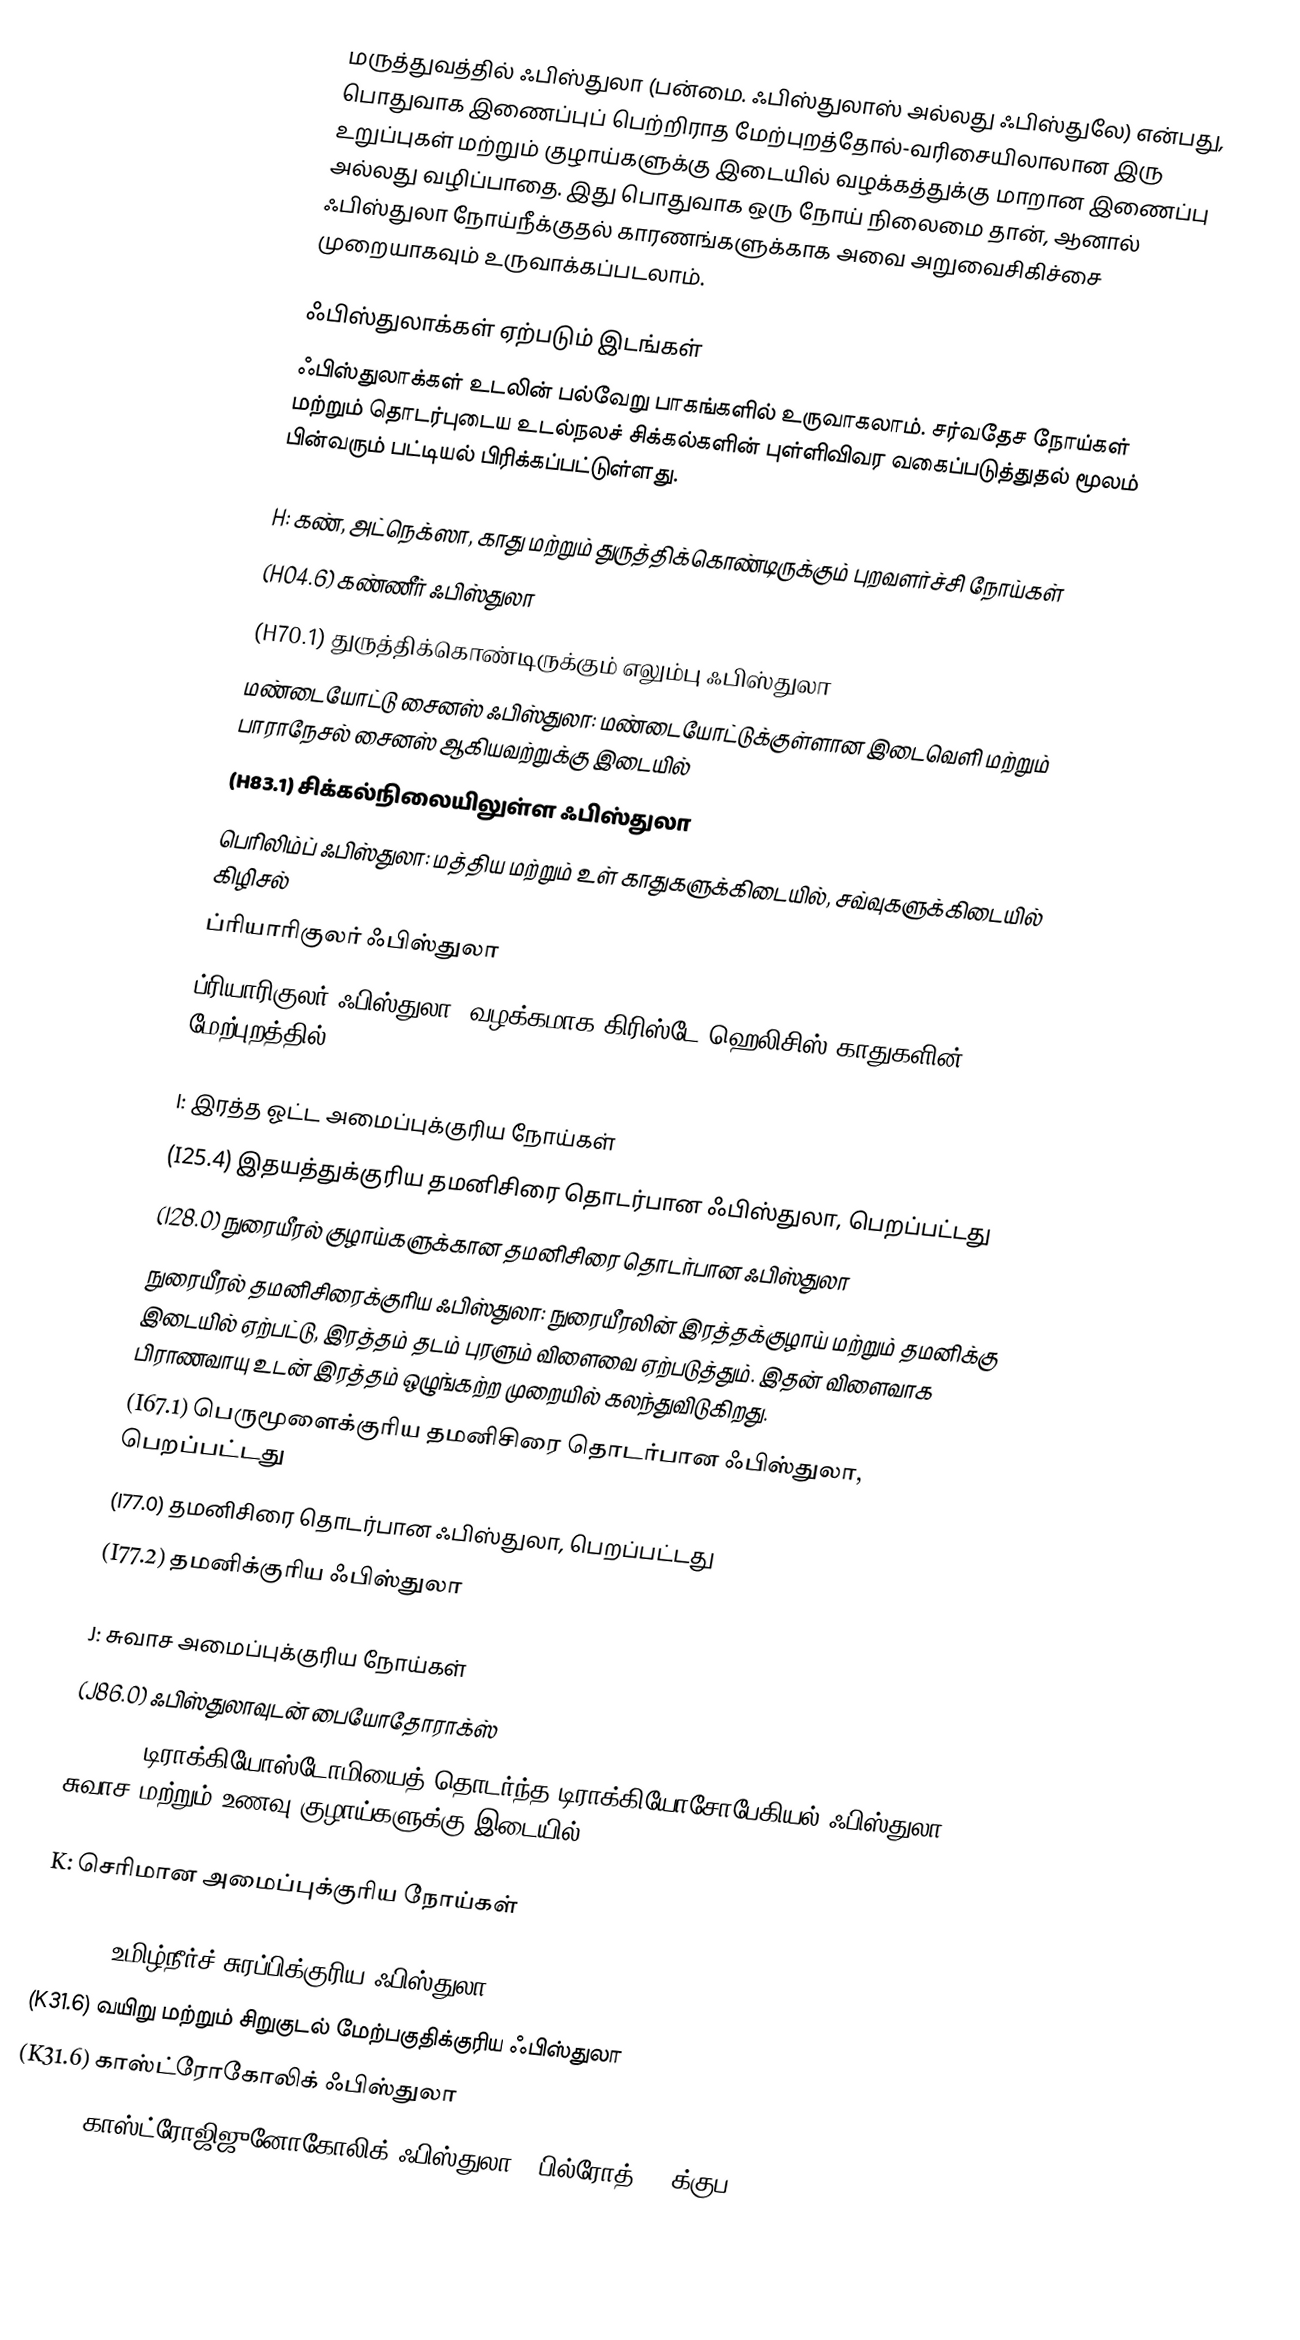
மருத்துவத்தில் ஃபிஸ்துலா  (பன்மை. ஃபிஸ்துலாஸ் அல்லது ஃபிஸ்துலே) என்பது, பொதுவாக இணைப்புப் பெற்றிராத மேற்புறத்தோல்-வரிசையிலாலான இரு உறுப்புகள் மற்றும் குழாய்களுக்கு இடையில் வழக்கத்துக்கு மாறான இணைப்பு அல்லது வழிப்பாதை. இது பொதுவாக ஒரு நோய் நிலைமை தான், ஆனால் ஃபிஸ்துலா நோய்நீக்குதல் காரணங்களுக்காக அவை அறுவைசிகிச்சை முறையாகவும் உருவாக்கப்படலாம்.

ஃபிஸ்துலாக்கள் ஏற்படும் இடங்கள்
ஃபிஸ்துலாக்கள் உடலின் பல்வேறு பாகங்களில் உருவாகலாம்.  சர்வதேச நோய்கள் மற்றும் தொடர்புடைய உடல்நலச் சிக்கல்களின் புள்ளிவிவர வகைப்படுத்துதல் மூலம் பின்வரும் பட்டியல் பிரிக்கப்பட்டுள்ளது.

H: கண், அட்நெக்ஸா, காது மற்றும் துருத்திக்கொண்டிருக்கும் புறவளர்ச்சி நோய்கள்
 (H04.6) கண்ணீர் ஃபிஸ்துலா
 (H70.1) துருத்திக்கொண்டிருக்கும் எலும்பு ஃபிஸ்துலா
 மண்டையோட்டு சைனஸ் ஃபிஸ்துலா:  மண்டையோட்டுக்குள்ளான இடைவெளி மற்றும் பாராநேசல் சைனஸ் ஆகியவற்றுக்கு இடையில்
 (H83.1) சிக்கல்நிலையிலுள்ள ஃபிஸ்துலா
 பெரிலிம்ப் ஃபிஸ்துலா: மத்திய மற்றும் உள் காதுகளுக்கிடையில், சவ்வுகளுக்கிடையில் கிழிசல்
 ப்ரியாரிகுலர் ஃபிஸ்துலா
 ப்ரியாரிகுலர் ஃபிஸ்துலா: வழக்கமாக கிரிஸ்டே ஹெலிசிஸ் காதுகளின் மேற்புறத்தில்

I: இரத்த ஓட்ட அமைப்புக்குரிய நோய்கள்
 (I25.4) இதயத்துக்குரிய தமனிசிரை தொடர்பான ஃபிஸ்துலா, பெறப்பட்டது
 (I28.0) நுரையீரல் குழாய்களுக்கான தமனிசிரை தொடர்பான ஃபிஸ்துலா
 நுரையீரல் தமனிசிரைக்குரிய ஃபிஸ்துலா: நுரையீரலின் இரத்தக்குழாய் மற்றும் தமனிக்கு இடையில் ஏற்பட்டு, இரத்தம் தடம் புரளும் விளைவை ஏற்படுத்தும். இதன் விளைவாக பிராணவாயு உடன் இரத்தம் ஒழுங்கற்ற முறையில் கலந்துவிடுகிறது.
 (I67.1) பெருமூளைக்குரிய தமனிசிரை தொடர்பான ஃபிஸ்துலா, பெறப்பட்டது
 (I77.0) தமனிசிரை தொடர்பான ஃபிஸ்துலா, பெறப்பட்டது
 (I77.2) தமனிக்குரிய ஃபிஸ்துலா

J: சுவாச அமைப்புக்குரிய நோய்கள்
 (J86.0) ஃபிஸ்துலாவுடன்  பையோதோராக்ஸ்
 (J95.0) டிராக்கியோஸ்டோமியைத் தொடர்ந்த டிராக்கியோசோபேகியல் ஃபிஸ்துலா: சுவாச மற்றும் உணவு குழாய்களுக்கு இடையில்

K: செரிமான அமைப்புக்குரிய நோய்கள்

 (K11.4) உமிழ்நீர்ச் சுரப்பிக்குரிய ஃபிஸ்துலா
 (K31.6) வயிறு மற்றும் சிறுகுடல் மேற்பகுதிக்குரிய ஃபிஸ்துலா
 (K31.6) காஸ்ட்ரோகோலிக் ஃபிஸ்துலா
 (K31.6) காஸ்ட்ரோஜிஜுனோகோலிக் ஃபிஸ்துலா - பில்ரோத் II க்குப